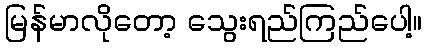
မြန်မာလိုတော့ သွေးရည်ကြည်ပေါ့။